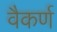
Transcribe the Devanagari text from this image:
वैकर्ण